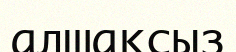
алшақсыз